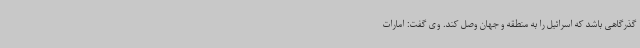
گذرگاهی باشد که اسرائیل را به منطقه و جهان وصل کند. وی گفت: امارات